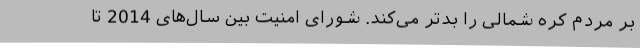
بر مردم کره شمالی را بدتر می‌کند. شورای امنیت بین سال‌های 2014 تا